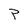
Character: P